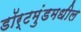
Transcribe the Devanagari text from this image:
डॉर्टमुंडमधील